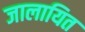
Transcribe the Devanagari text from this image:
जालायित